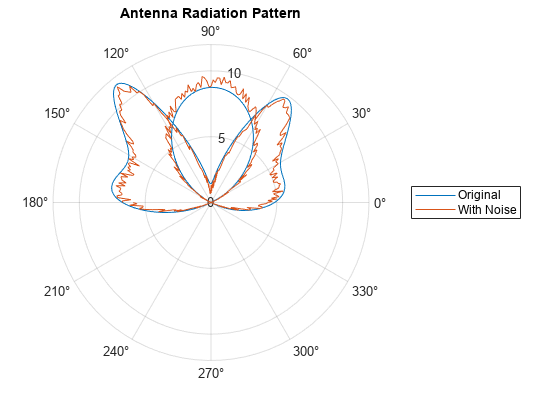
matlab, figure, polarplot